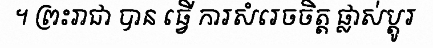
។ ព្រះរាជា បាន ធ្វើ ការសំរេចចិត្ត ផ្លាស់ប្តូរ